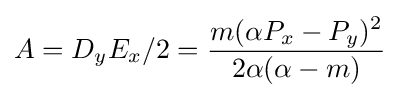
A=D_{y}E_{x}/2={\frac {m(\alpha P_{x}-P_{y})^{2}}{2\alpha (\alpha -m)}}